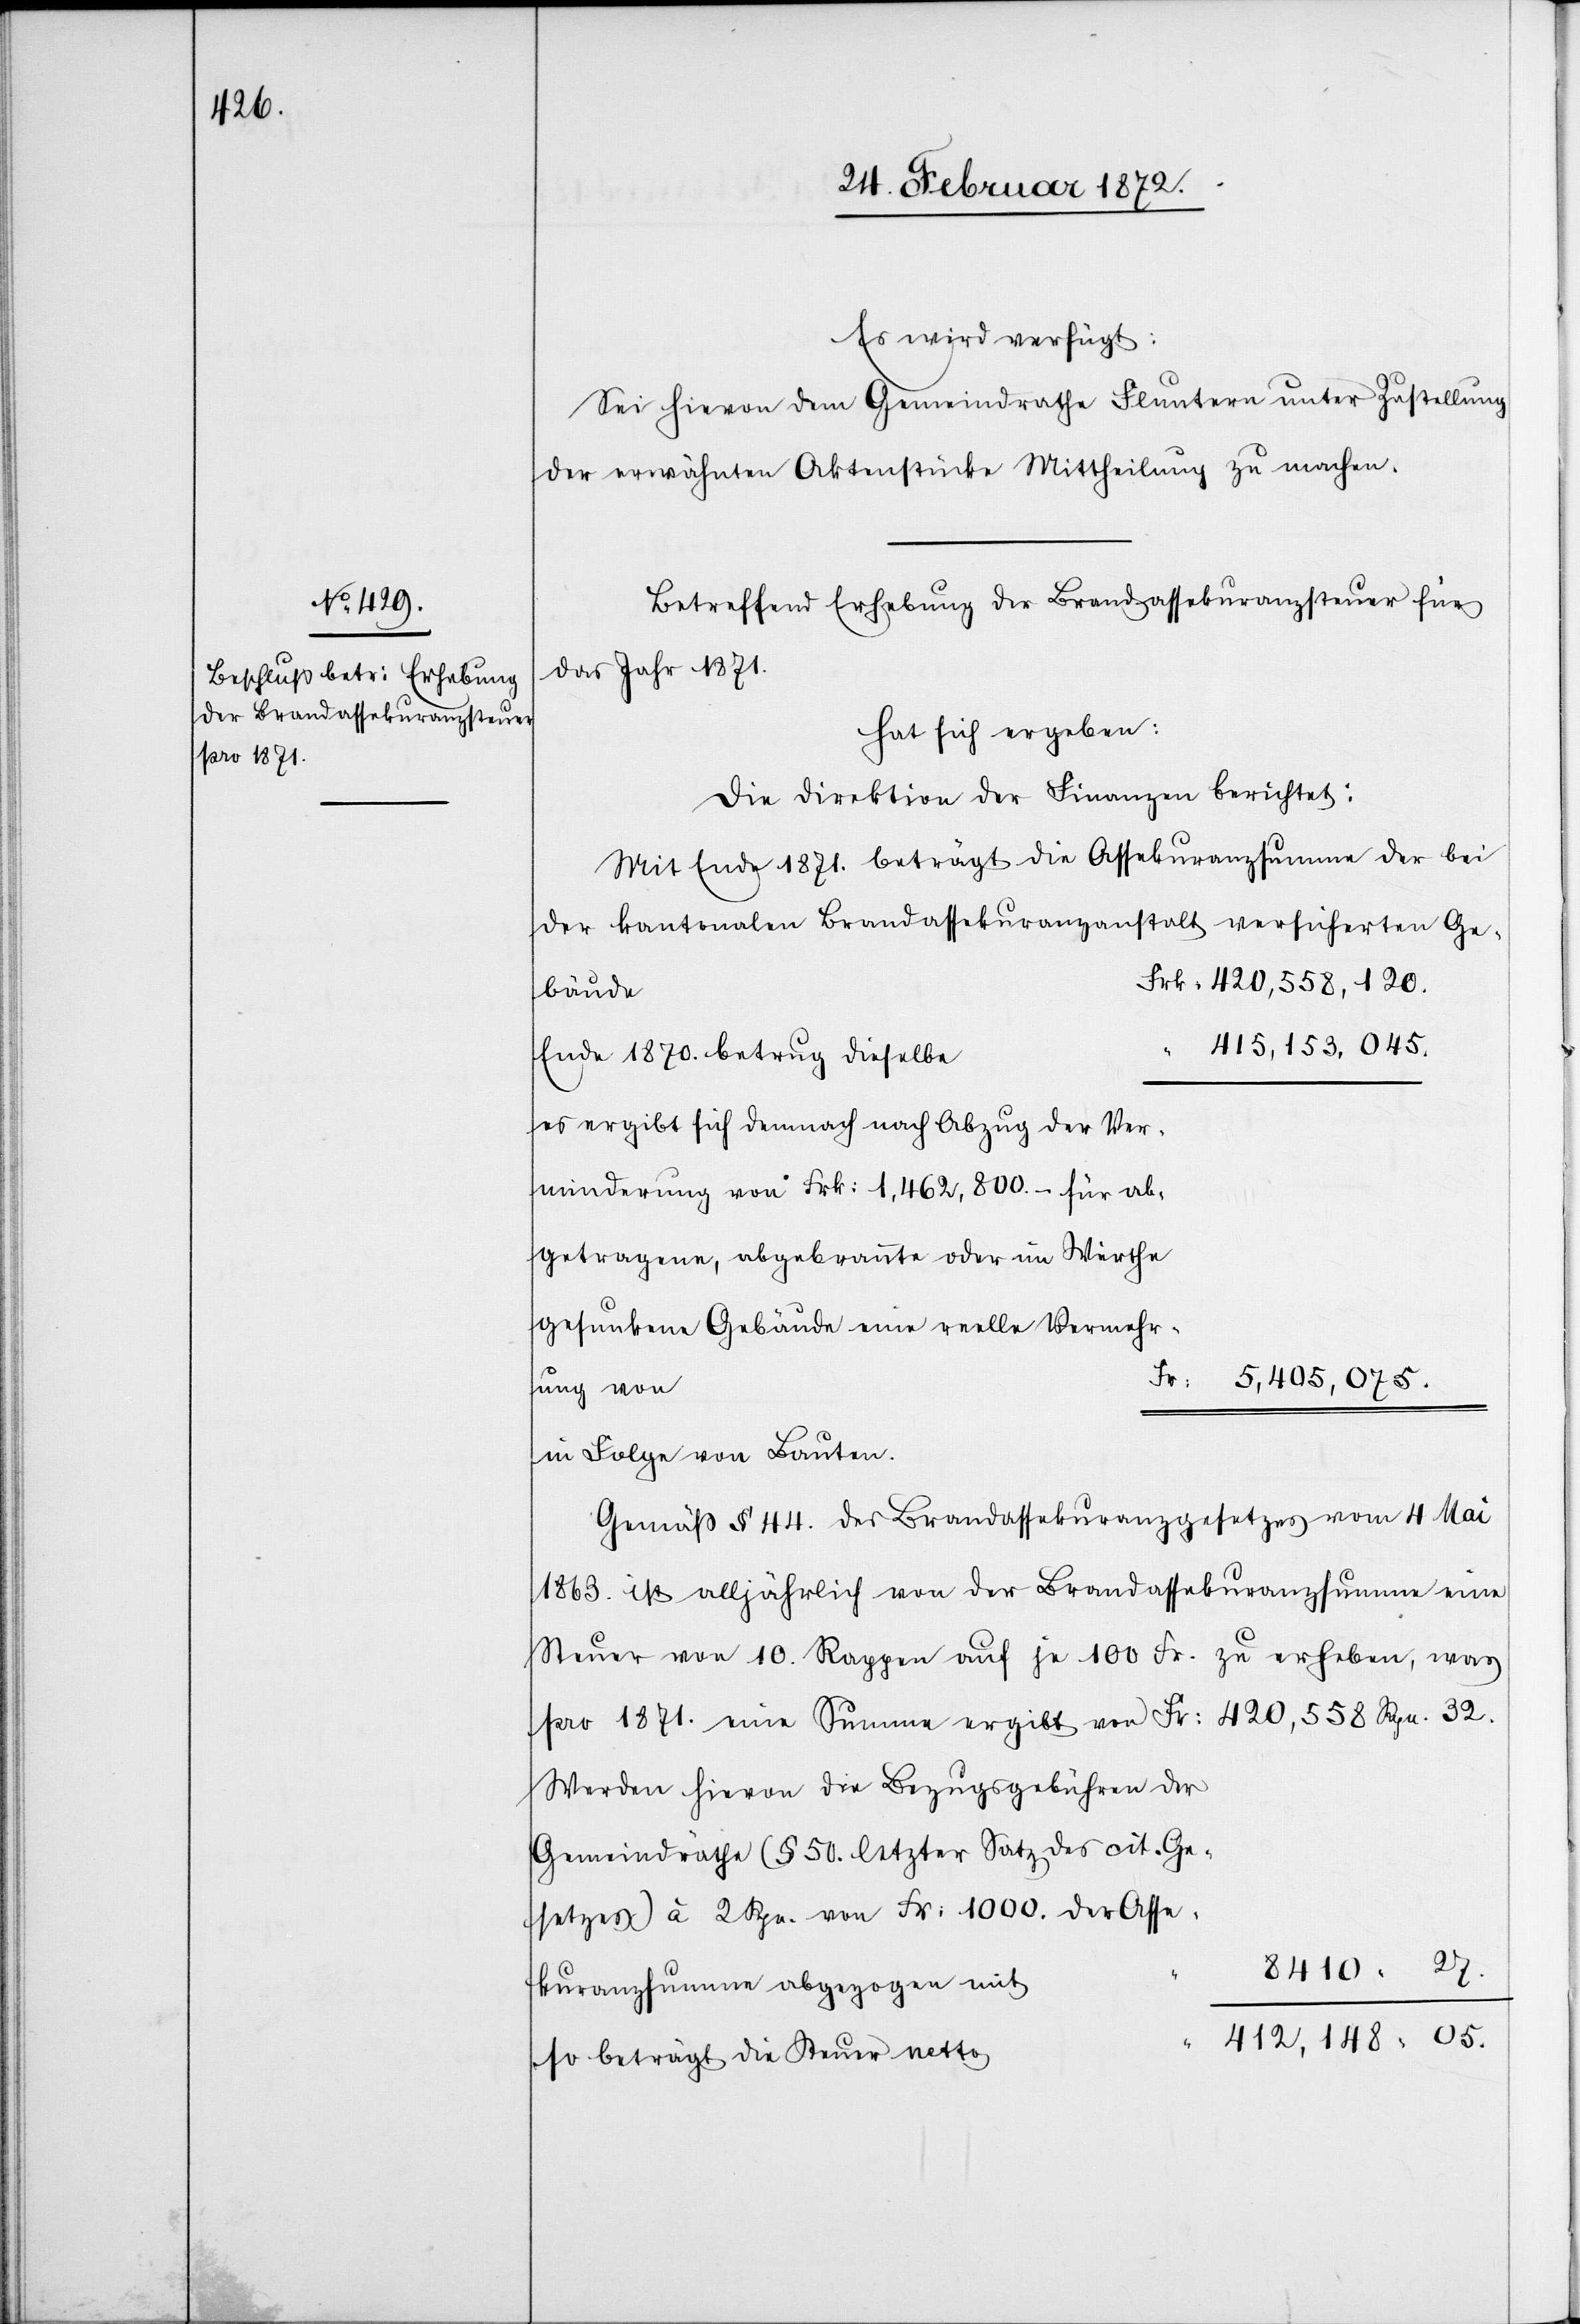
28. Februar 1872.]
Es wird verfügt:
Sei hievon dem Gemeindrathe Fluntern unter Zustellung
der erwähnten Aktenstücke Mittheilung zu machen.
Betreffend Erhebung der Brandassekuranzsteuer für
das Jahr 1871.
hat sich ergeben:
Die Direktion der Finanzen berichtet:
Mit Ende 1871. beträgt die Assekuranzsumme der bei
der kantonalen Brandassekuranzanstalt versicherten Ge¬
Frk. 420,558,120.
bäude
“
415,153,045.
Ende 1870 betrug dieselbe
es ergibt sich demnach nach Abzug der Ver¬
minderung von Frk. 1,462,800.- für ab¬
getragene, abgebrannten oder im Werthe
gesunkene Gebäude eine reelle Vermehr¬
Fr. 5,405,075.
ung von
in Folge von Bauten.
Gemäß § 44. des Brandassekuranzgesetzes vom 4 Mai
1863. ist alljährlich von der Brandassekuranzsumme eine
Steuer von 10. Rappen auf je 100 Fr. zu erheben, was
pro 1871. eine Stumme ergibt von Fr. 420,558 Rpn. 32.
Werden hievon die Bezugsgebühren der
Gemeindräthe (§ 50. letzter Satz des cit. Ge¬
setzes) à 2 Rpn. von Fr. 1000. der Asse¬
8410. 27.
kuranzsumme abgezogen mit
“ 412,148. 05.
so beträgt die Steuer netto